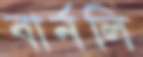
বার্নলি